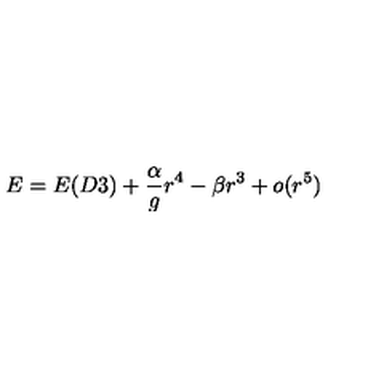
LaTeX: E = E ( D 3 ) + \frac { \alpha } { g } r ^ { 4 } - \beta r ^ { 3 } + o ( r ^ { 5 } )